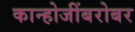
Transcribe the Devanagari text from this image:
कान्होजींबरोबर